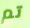
تم